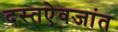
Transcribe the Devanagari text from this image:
दस्तऐवजांत